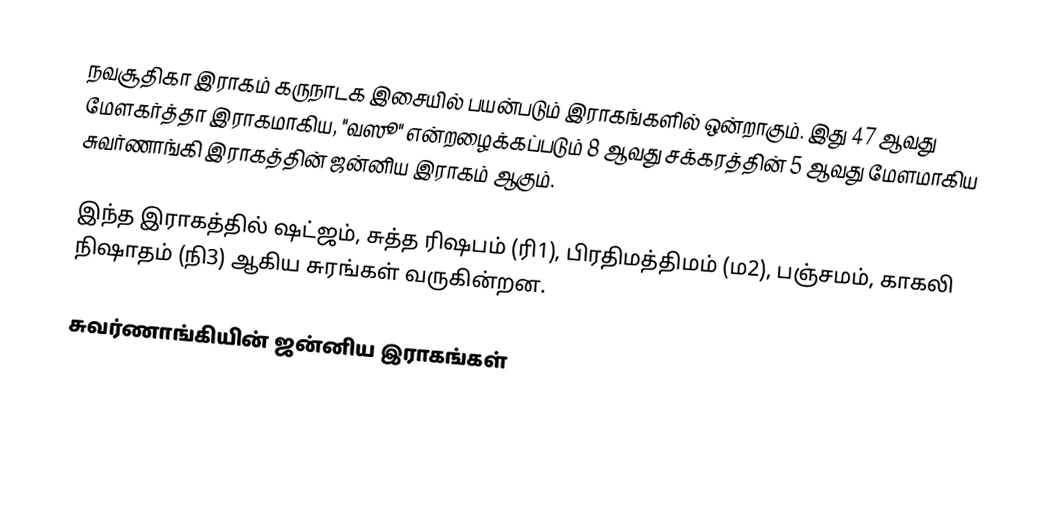
நவசூதிகா இராகம் கருநாடக இசையில் பயன்படும் இராகங்களில் ஒன்றாகும். இது 47 ஆவது மேளகர்த்தா இராகமாகிய, "வஸூ" என்றழைக்கப்படும் 8 ஆவது சக்கரத்தின் 5 ஆவது மேளமாகிய சுவர்ணாங்கி இராகத்தின் ஜன்னிய இராகம் ஆகும்.

இந்த இராகத்தில் ஷட்ஜம், சுத்த ரிஷபம் (ரி1), பிரதிமத்திமம் (ம2), பஞ்சமம்,  காகலி நிஷாதம் (நி3) ஆகிய சுரங்கள் வருகின்றன.

சுவர்ணாங்கியின் ஜன்னிய இராகங்கள்